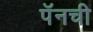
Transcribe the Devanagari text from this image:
पॅनची